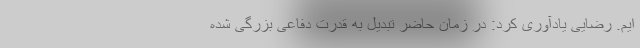
ایم. رضایی یادآوری کرد: در زمان حاضر تبدیل به قدرت دفاعی بزرگی شده